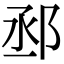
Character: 𨚱